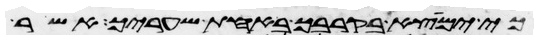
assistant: כי ימצא בקרבך באחת שעריך אשר